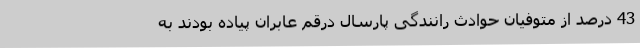
43 درصد از متوفیان حوادث رانندگی پارسال درقم عابران پیاده بودند به